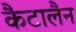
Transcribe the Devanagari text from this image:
कैटालैन